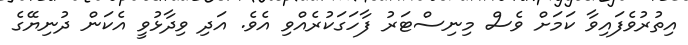
އިތުރުވެފައިވާ ކަމަށް ވެސް މިނިސްޓަރު ފާހަގަކުރެއްވި އެވެ. އަދި ވިދާޅުވީ އެކަން ދުނިޔޭގެ